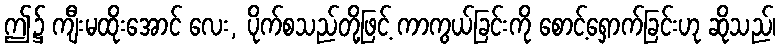
ဤ၌ ကျီးမထိုးအောင် လေး, ပိုက်စသည်တို့ဖြင့် ကာကွယ်ခြင်းကို စောင့်ရှောက်ခြင်းဟု ဆိုသည်၊